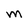
Character: M